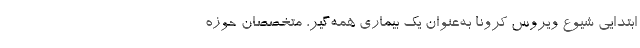
ابتدایی شیوع ویروس کرونا به‌عنوان یک بیماری همه‌گیر، متخصصان حوزه